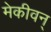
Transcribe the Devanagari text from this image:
मेकीवन्